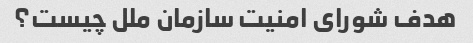
هدف شورای امنیت سازمان ملل چیست؟